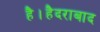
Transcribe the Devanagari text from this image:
है।हैदराबाद